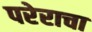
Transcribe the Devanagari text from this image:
परेराचा